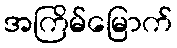
အကြိမ်မြောက်